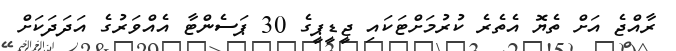
ރާއްޖެ އަށް ތެޔޮ އެތެރެ ކުރުމަށްޓަކައި ޖީޑީޕީގެ 30 ޕަސެންޓާ އެއްވަރުގެ އަދަދަކަށް